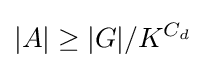
|A|\geq |G|/K^{C_{d}}